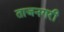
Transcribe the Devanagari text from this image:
ताजनगरी